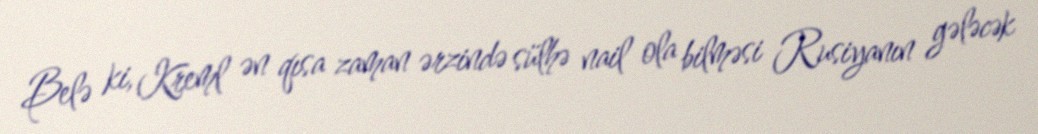
Belə ki, Kreml ən qısa zaman ərzində sülhə nail ola bilməsi Rusiyanın gələcək